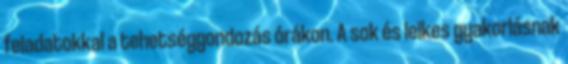
feladatokkal a tehetséggondozás órákon. A sok és lelkes gyakorlásnak